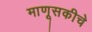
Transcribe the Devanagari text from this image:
माणूसकीचे